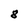
Character: 8